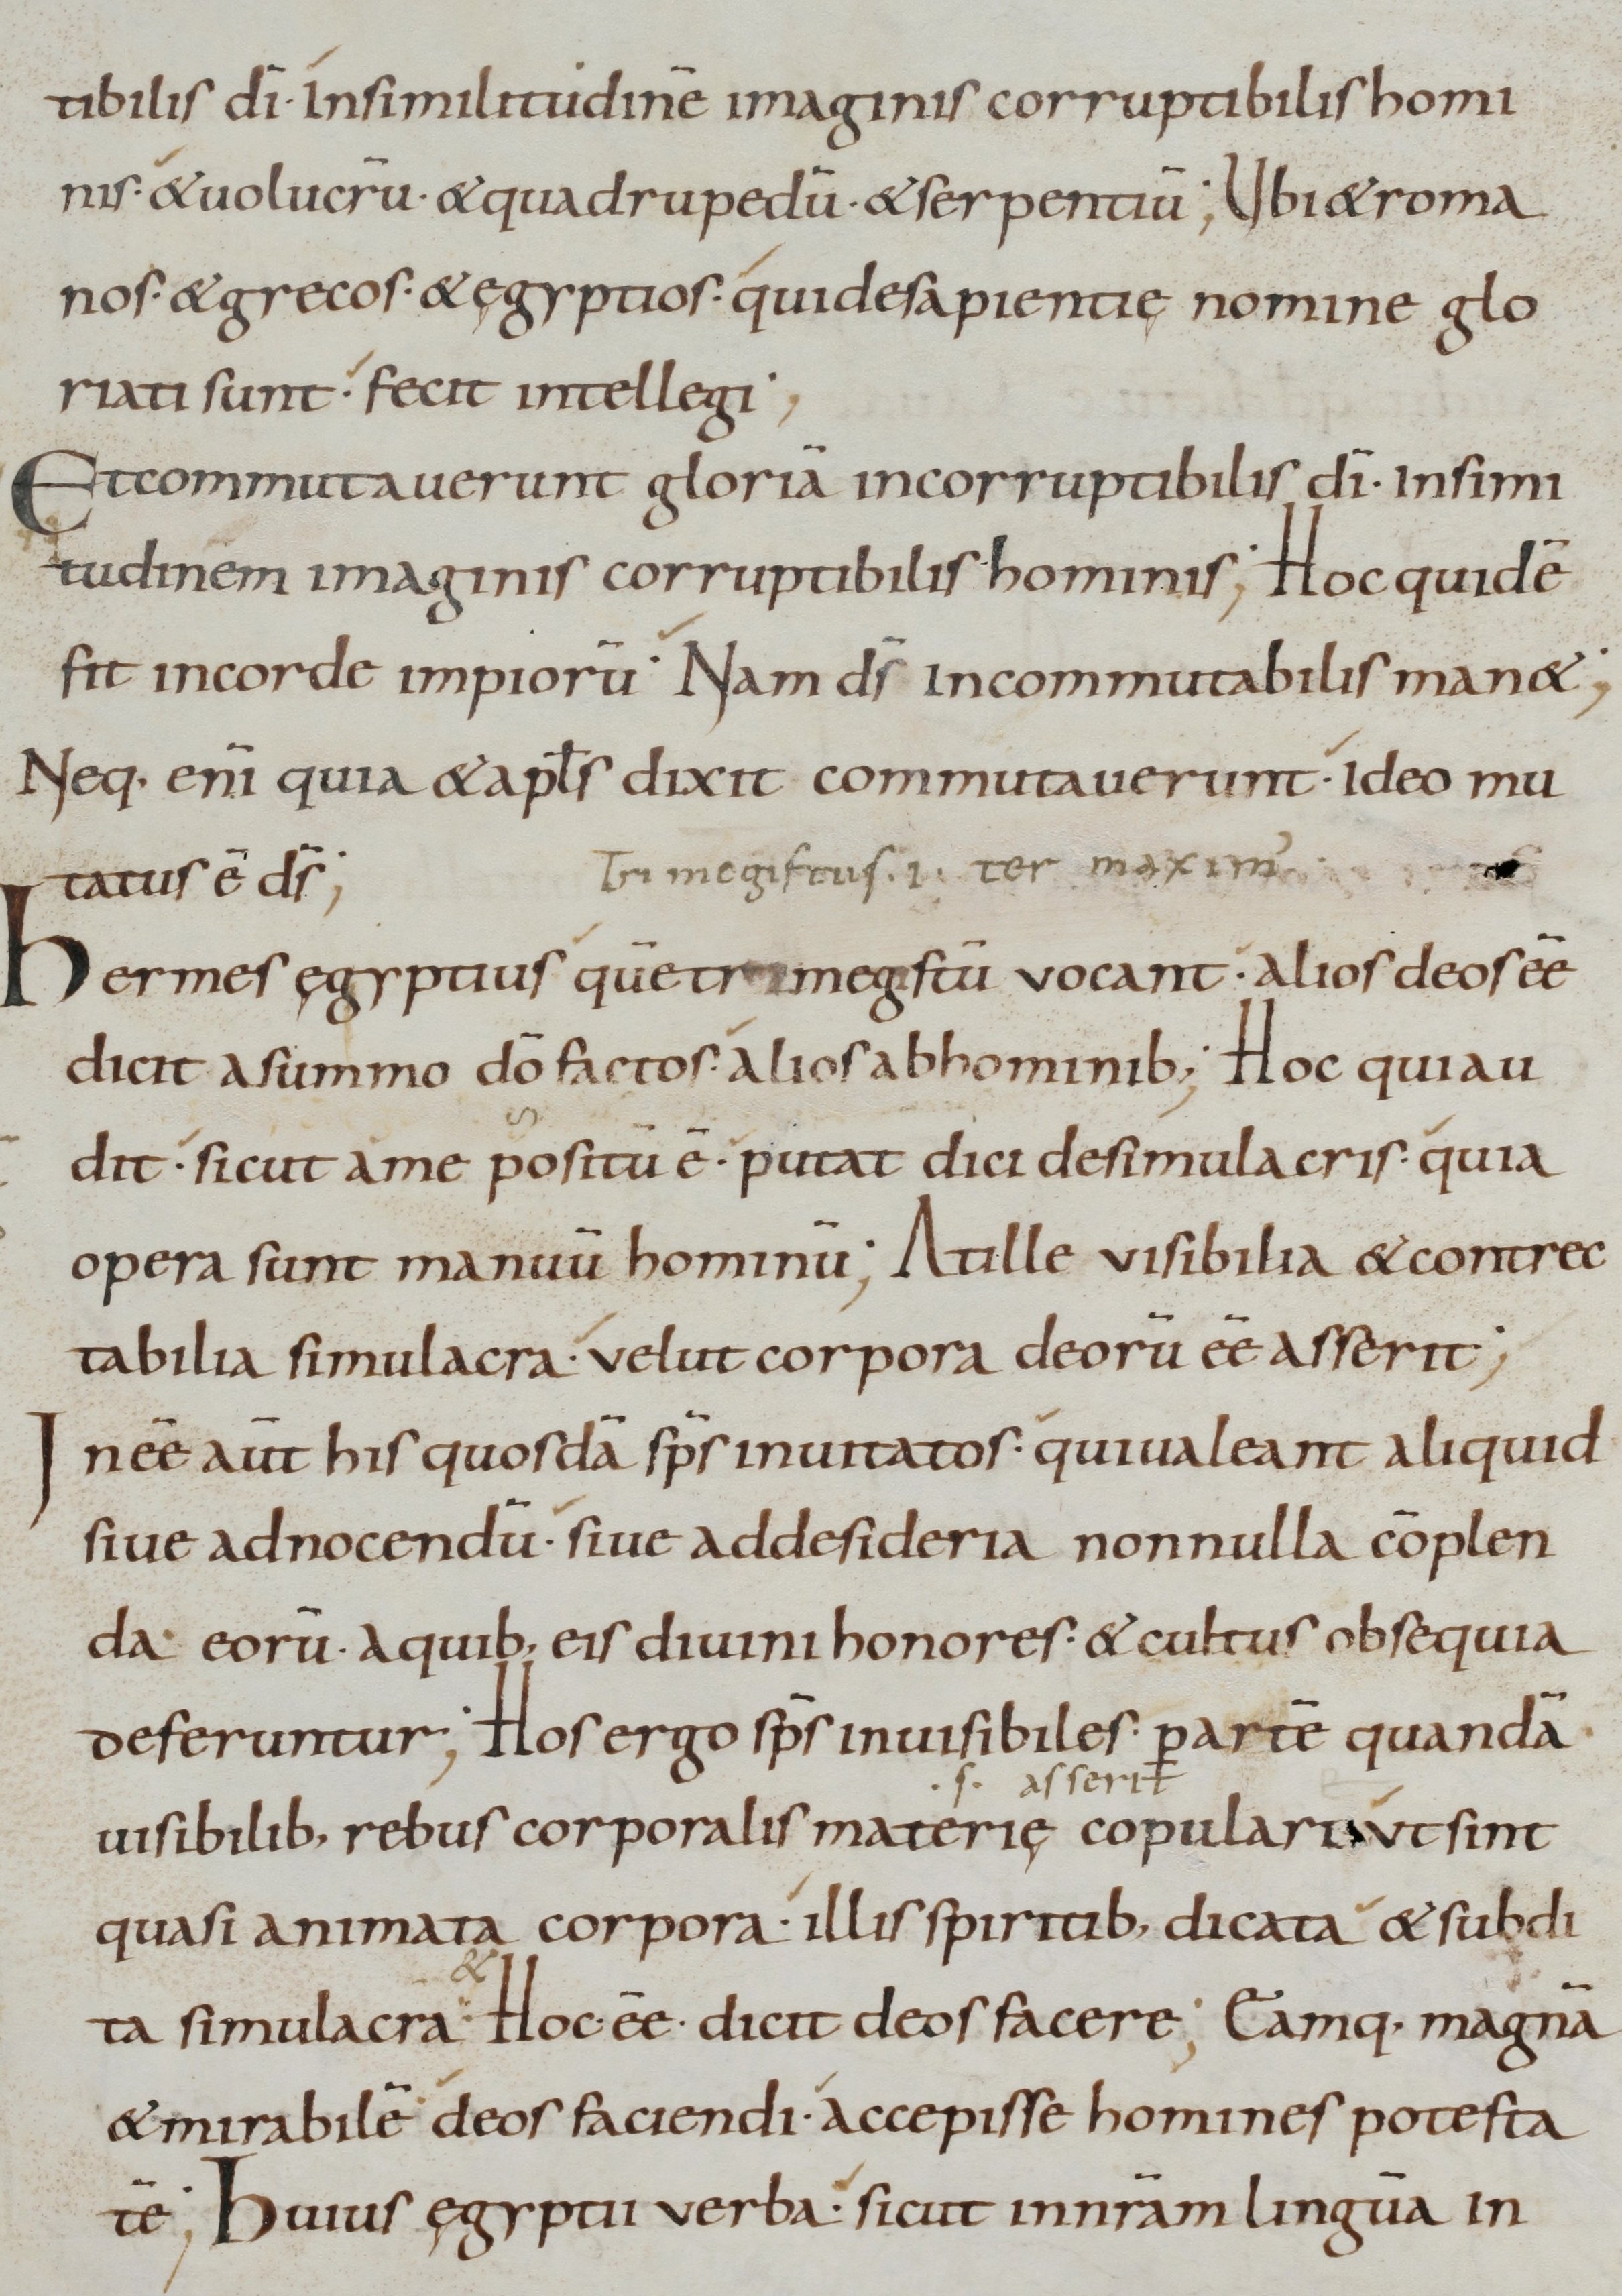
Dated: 800–899